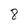
Character: 8